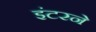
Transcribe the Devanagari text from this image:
इंटरने